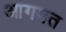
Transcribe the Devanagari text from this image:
आगमत